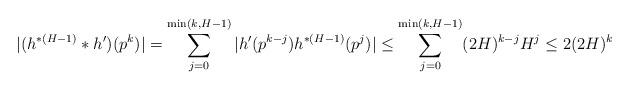
LaTeX: \begin{align*}|(h^{*(H-1)}*h')(p^k)| &= \sum_{j=0}^{\min(k,H-1)} |h'(p^{k-j}) h^{*(H-1)}(p^j)|\leq \sum_{j=0}^{\min(k,H-1)} (2H)^{k-j} H^{j}\leq 2(2H)^k\end{align*}